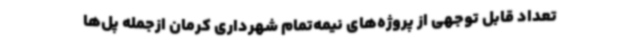
تعداد قابل توجهی از پروژه‌های نیمه‌تمام شهرداری کرمان ازجمله پل‌ها